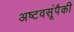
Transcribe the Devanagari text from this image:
अष्टवसूंपैकी